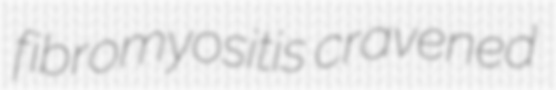
fibromyositis cravened